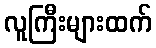
လူကြီးများထက်